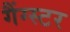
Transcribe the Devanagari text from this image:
गैंग्‍स्‍टर